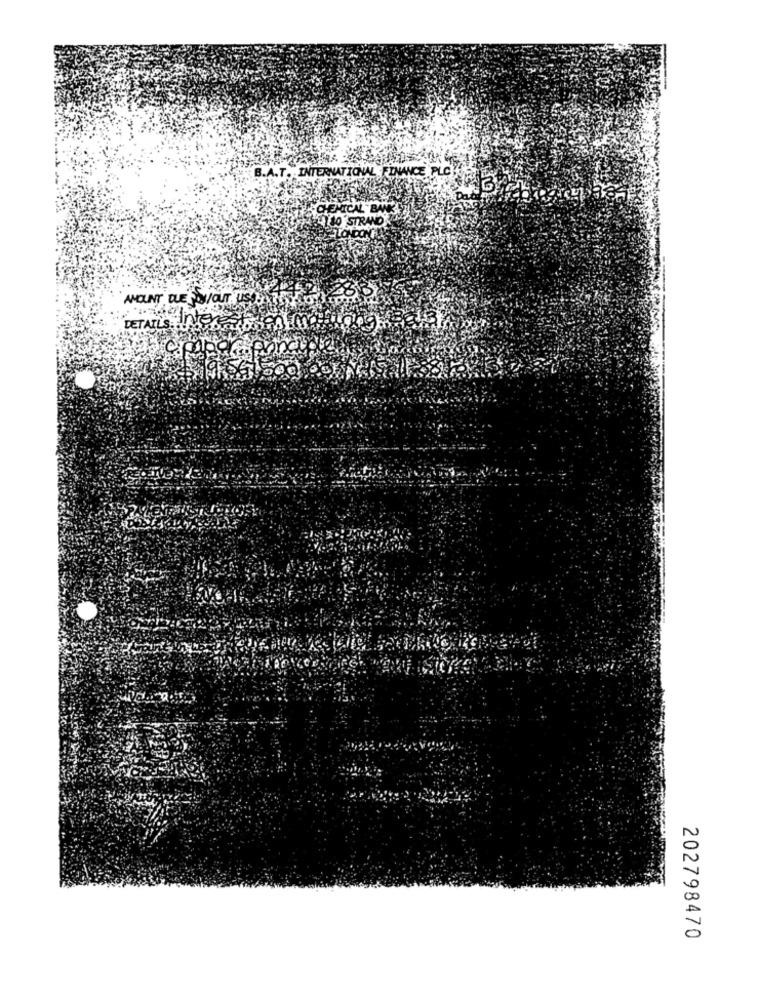
B.A.T. INTERNATIONAL FINANCE PLO
CHEMICAL BA
HELLO STRAND
LONDON!
AMOUNT DUE FOW/OUT US
DETAILS INTERES
202798470